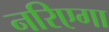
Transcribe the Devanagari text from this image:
नरिएगा